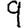
Digit: 9